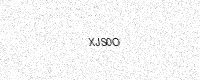
Text: XJS0O